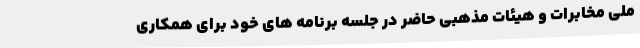
ملی مخابرات و هیئات مذهبی حاضر در جلسه برنامه های خود برای همکاری